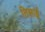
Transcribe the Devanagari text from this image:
तिसाई